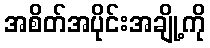
အစိတ်အပိုင်းအချို့ကို